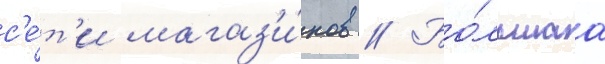
с'е́т'и магаз'и́нов // Бо́льшаа